Vaccination in Bombay 1856-1862 - 1856-1862
Year: 1856
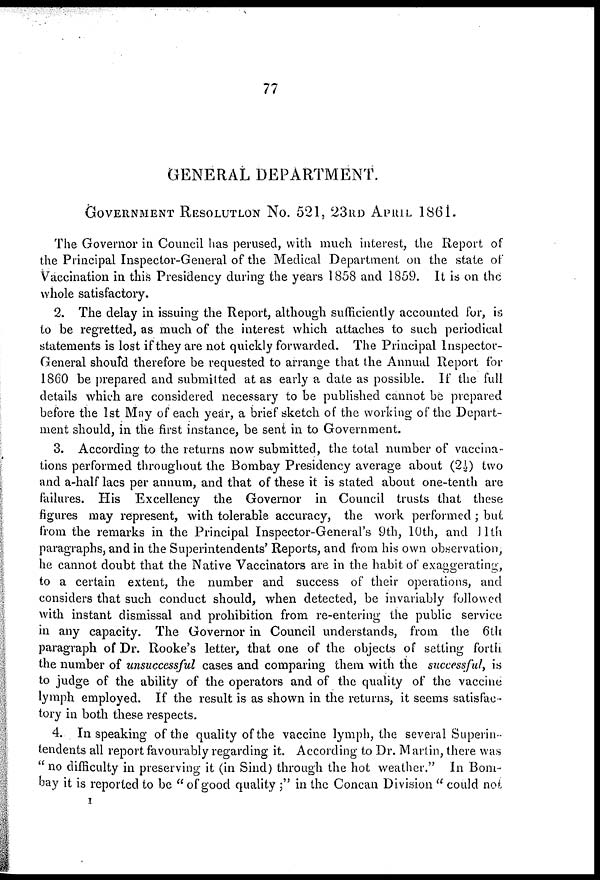
77
GENERAL DEPARTMENT.
GOVERNMENT RESOLUTION No. 521, 23RD APRIL 1861.
The Governor in Council has perused, with much interest, the Report of
the Principal Inspector-General of the Medical Department on the state of
Vaccination in this Presidency during the years 1858 and 1859. It is on the
whole satisfactory.
2. The delay in issuing the Report, although sufficiently accounted for, is
to be regretted, as much of the interest which attaches to such periodical
statements is lost if they are not quickly forwarded. The Principal Inspector-
General should therefore be requested to arrange that the Annual Report for
1860 be prepared and submitted at as early a date as possible. If the full
details which are considered necessary to be published cannot be prepared
before the 1st May of each year, a brief sketch of the working of the Depart-
ment should, in the first instance, be sent in to Government.
3. According to the returns now submitted, the total number of vaccina-
tions performed throughout the Bombay Presidency average about (2½) two
and a-half lacs per annum, and that of these it is stated about one-tenth are
failures. His Excellency the Governor in Council trusts that these
figures may represent, with tolerable accuracy, the work performed ; but
from the remarks in the Principal Inspector-General's 9th, 10th, and 11th
paragraphs, and in the Superintendents' Reports, and from his own observation,
he cannot doubt that the Native Vaccinators are in the habit of exaggerating,
to a certain extent, the number and success of their operations, and
considers that such conduct should, when detected, be invariably followed
with instant dismissal and prohibition from re-entering the public service
in any capacity. The Governor in Council understands, from the 6th
paragraph of Dr. Rooke's letter, that one of the objects of setting forth
the number of unsuccessful cases and comparing them with the successful, is
to judge of the ability of the operators and of the quality of the vaccine
lymph employed. If the result is as shown in the returns, it seems satisfac-
tory in both these respects.
4. In speaking of the quality of the vaccine lymph, the several Superin-
tendents all report favourably regarding it. According to Dr. Martin, there was
" no difficulty in preserving it (in Sind) through the hot weather." In Bom-
bay it is reported to be " of good quality ;" in the Concan Division " could not
I